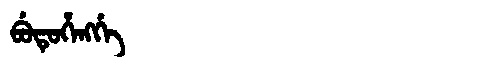
Manchu: ᠪᡠᡨᡠᡥᡝᠩᡤᡝ
Romanization: BUTUHENGGE